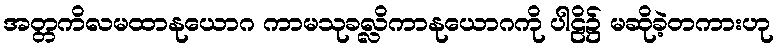
အတ္တကိလမထာနုယောဂ ကာမသုခလ္လိကာနုယောဂကို ပါဠိ၌ မဆိုခဲ့တကားဟု